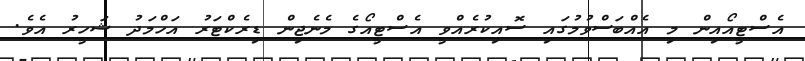
އެސްޓީއޯއިން މި އެއްބަސްވުމުގައި ސޮއިކުރެއްވީ އެސްޓީއޯގެ މެނެޖިން ޑިރެކްޓަރު އަހްމަދު ޝަހީރު އެވެ.